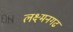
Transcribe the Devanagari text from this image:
लक्ष्मनगढ